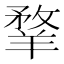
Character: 𦎦